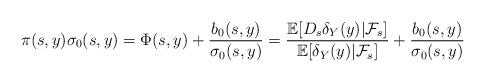
LaTeX: \begin{align*}\pi(s,y)\sigma_0(s,y) = \Phi(s,y) +\frac{b_0(s,y)}{\sigma_0(s,y)}=\frac {\mathbb{E}[D_s\delta_Y(y)|\mathcal{F}_s]}{\mathbb{E}[\delta_Y(y)|\mathcal{F}_s]}+\frac{b_0(s,y)}{\sigma_0(s,y)}\end{align*}